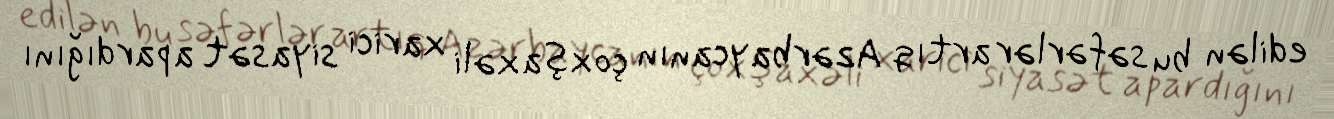
edilən bu səfərlər artıq Azərbaycanın çoxşaxəli xarici siyasət apardığını